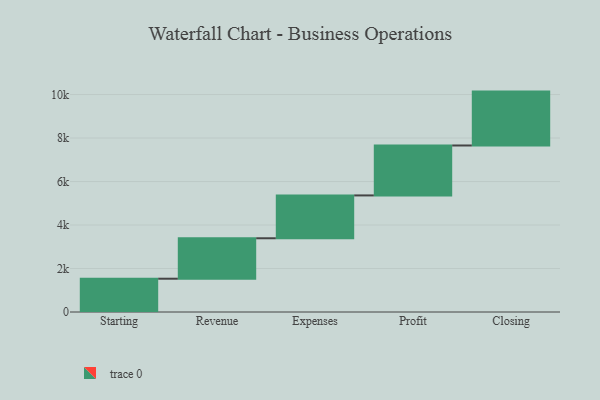
{"axis": {"x": "Step", "y": "Value"}, "legend": [""], "data": [{"x": "Starting", "y": 1531.0, "type": ""}, {"x": "Revenue", "y": 1860.0, "type": ""}, {"x": "Expenses", "y": 1970.0, "type": ""}, {"x": "Profit", "y": 2296.0, "type": ""}, {"x": "Closing", "y": 2478.0, "type": ""}]}